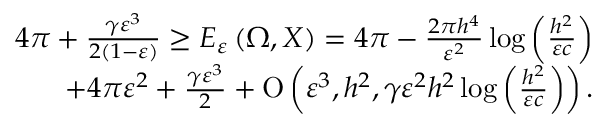
\begin{array} { r } { 4 \pi + \frac { \gamma \varepsilon ^ { 3 } } { 2 ( 1 - \varepsilon ) } \geq E _ { \varepsilon } \left( \Omega , X \right) = 4 \pi - \frac { 2 \pi h ^ { 4 } } { \varepsilon ^ { 2 } } \log { \left( \frac { h ^ { 2 } } { \varepsilon c } \right) } } \\ { + 4 \pi \varepsilon ^ { 2 } + \frac { \gamma \varepsilon ^ { 3 } } { 2 } + \ensuremath { \operatorname { O } \left( \varepsilon ^ { 3 } , h ^ { 2 } , \gamma \varepsilon ^ { 2 } h ^ { 2 } \log { \left( \frac { h ^ { 2 } } { \varepsilon c } \right) } \right) } . } \end{array}